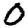
Digit: 0